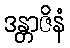
ဒန္တာဇိနံ